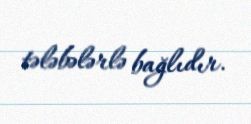
tələbələrlə bağlıdır.